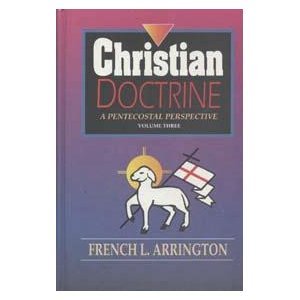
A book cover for Christian Doctrine, Vol. 3: A Pentecostal Perspective; French L. Arrington; Christian Books & Bibles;